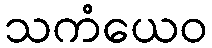
သကံယေဝ